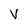
Character: V